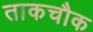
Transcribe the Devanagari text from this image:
ताकचौक